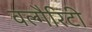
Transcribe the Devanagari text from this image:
वल्गैरिटी